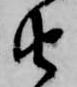
由